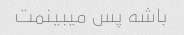
باشه پس میبینمت